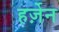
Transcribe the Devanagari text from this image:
हर्ज़ेन